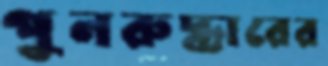
পুনরুদ্ধারের